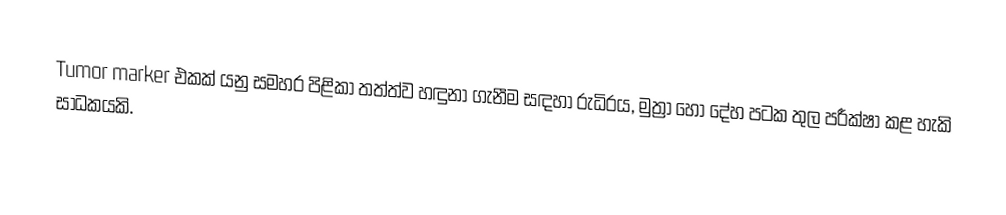
Tumor marker එකක් යනු සමහර පිළිකා තත්ත්ව හඳුනා ගැනීම සඳහා රුධිරය, මුත්‍රා හෝ දේහ පටක තුල පරීක්ෂා කළ හැකි සාධකයකි.